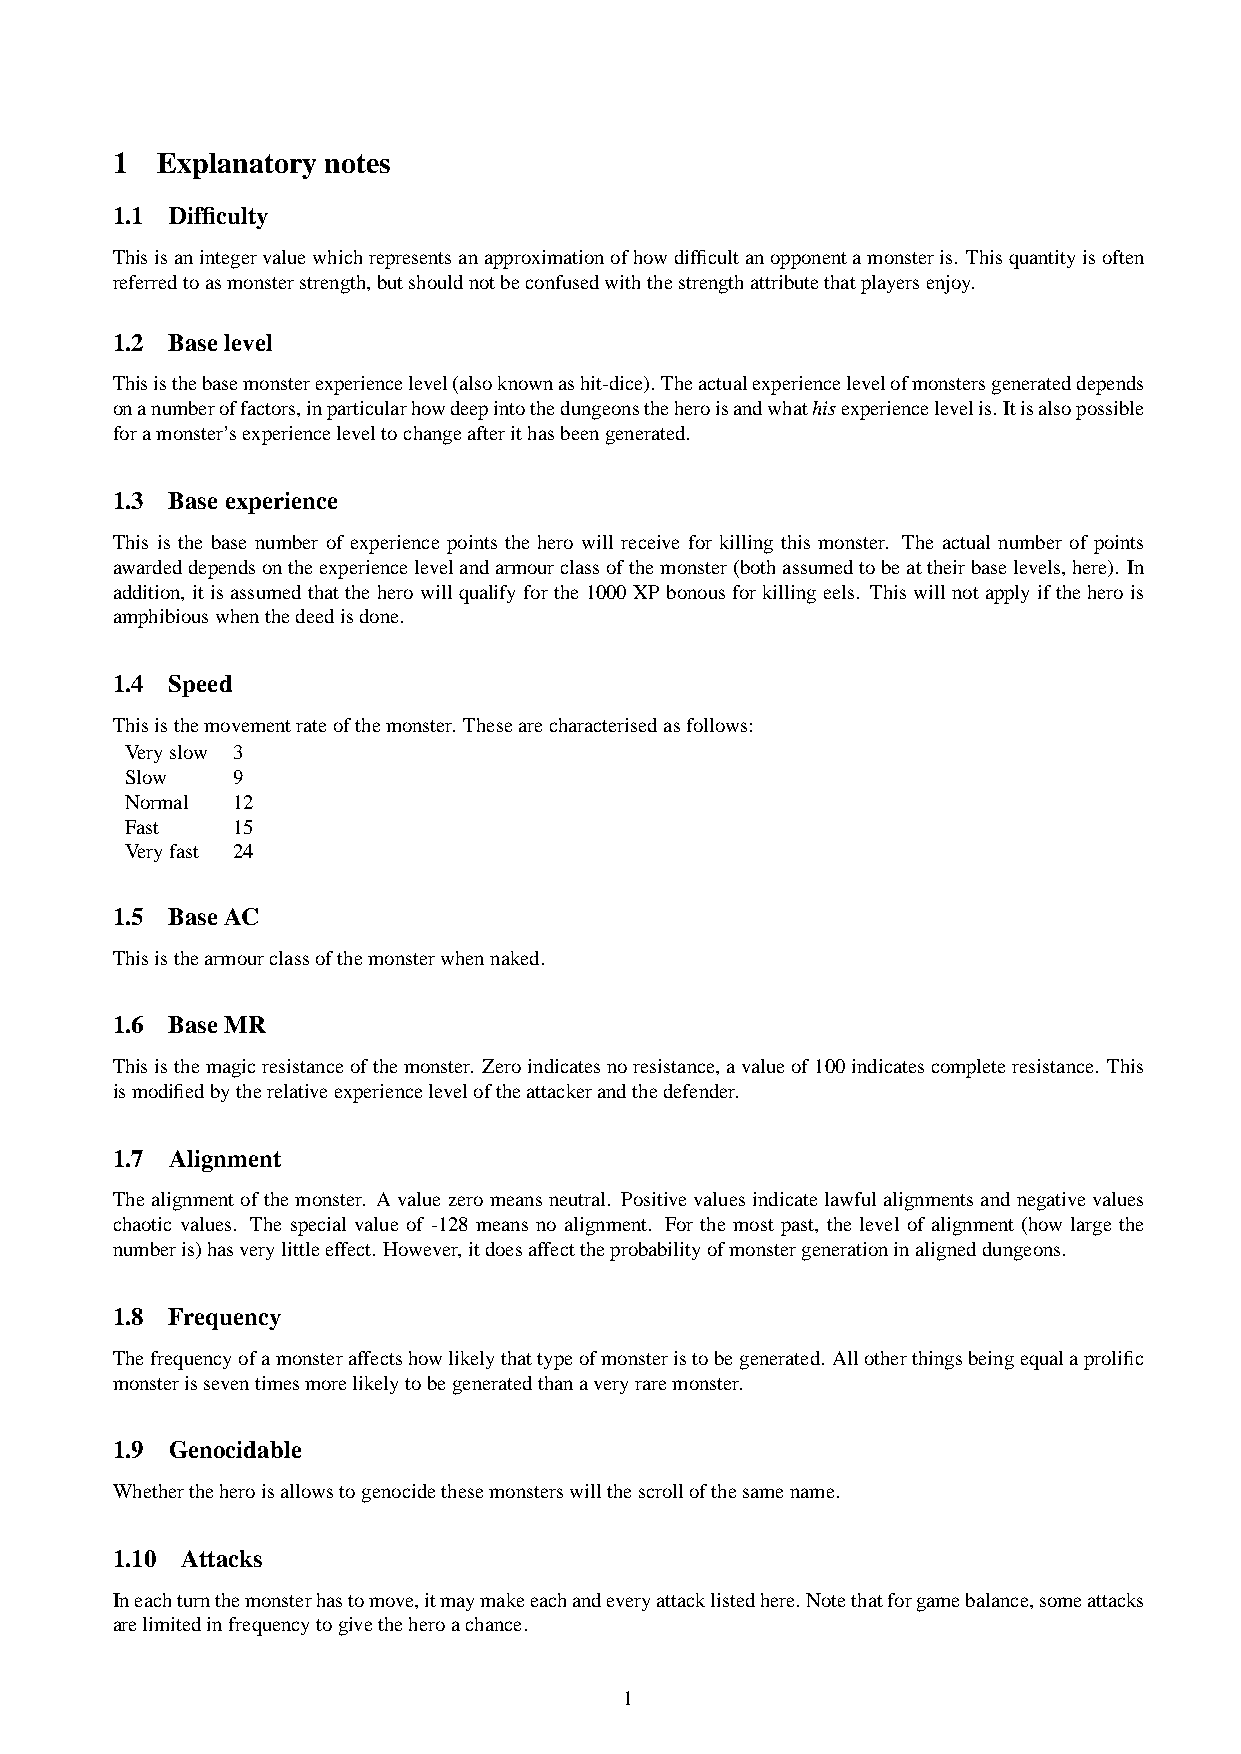
1  Explanatory notes
 1.1 Difficulty
 Thisisanintegervaluewhichrepresentsanapproximationofhowdifficultanopponentamonsteris. Thisquantityisoften
 referredtoasmonsterstrength,butshouldnotbeconfusedwiththestrengthattributethatplayersenjoy.
 1.2 Baselevel
 Thisisthebasemonsterexperiencelevel(alsoknownashit-dice).Theactualexperiencelevelofmonstersgenerateddepends
 onanumberoffactors,inparticularhowdeepintothedungeonstheheroisandwhathisexperiencelevelis.Itisalsopossible
 foramonster’sexperienceleveltochangeafterithasbeengenerated.
 1.3 Baseexperience
 This is the base number of experience points the hero will receive for killing this monster. The actual number of points
 awardeddependsontheexperiencelevelandarmourclassofthemonster(bothassumedtobeattheirbaselevels,here). In
 addition, itisassumedthattheherowillqualifyforthe1000XPbonousforkillingeels. Thiswillnotapplyiftheherois
 amphibiouswhenthedeedisdone.
 1.4 Speed
 Thisisthemovementrateofthemonster. Thesearecharacterisedasfollows:
 Veryslow 3
 Slow   9
 Normal 12
 Fast   15
 Veryfast 24
 1.5 BaseAC
 Thisisthearmourclassofthemonsterwhennaked.
 1.6 BaseMR
 Thisisthemagicresistanceofthemonster. Zeroindicatesnoresistance,avalueof100indicatescompleteresistance. This
 ismodifiedbytherelativeexperienceleveloftheattackerandthedefender.
 1.7 Alignment
 Thealignmentofthemonster. Avaluezeromeansneutral. Positivevaluesindicatelawfulalignmentsandnegativevalues
 chaotic values. The special value of -128 means no alignment. For the most past, the level of alignment (how large the
 numberis)hasverylittleeffect. However,itdoesaffecttheprobabilityofmonstergenerationinaligneddungeons.
 1.8 Frequency
 Thefrequencyofamonsteraffectshowlikelythattypeofmonsteristobegenerated. Allotherthingsbeingequalaprolific
 monsterisseventimesmorelikelytobegeneratedthanaveryraremonster.
 1.9 Genocidable
 Whethertheheroisallowstogenocidethesemonsterswillthescrollofthesamename.
 1.10 Attacks
 Ineachturnthemonsterhastomove,itmaymakeeachandeveryattacklistedhere.Notethatforgamebalance,someattacks
 arelimitedinfrequencytogivetheheroachance.
 1